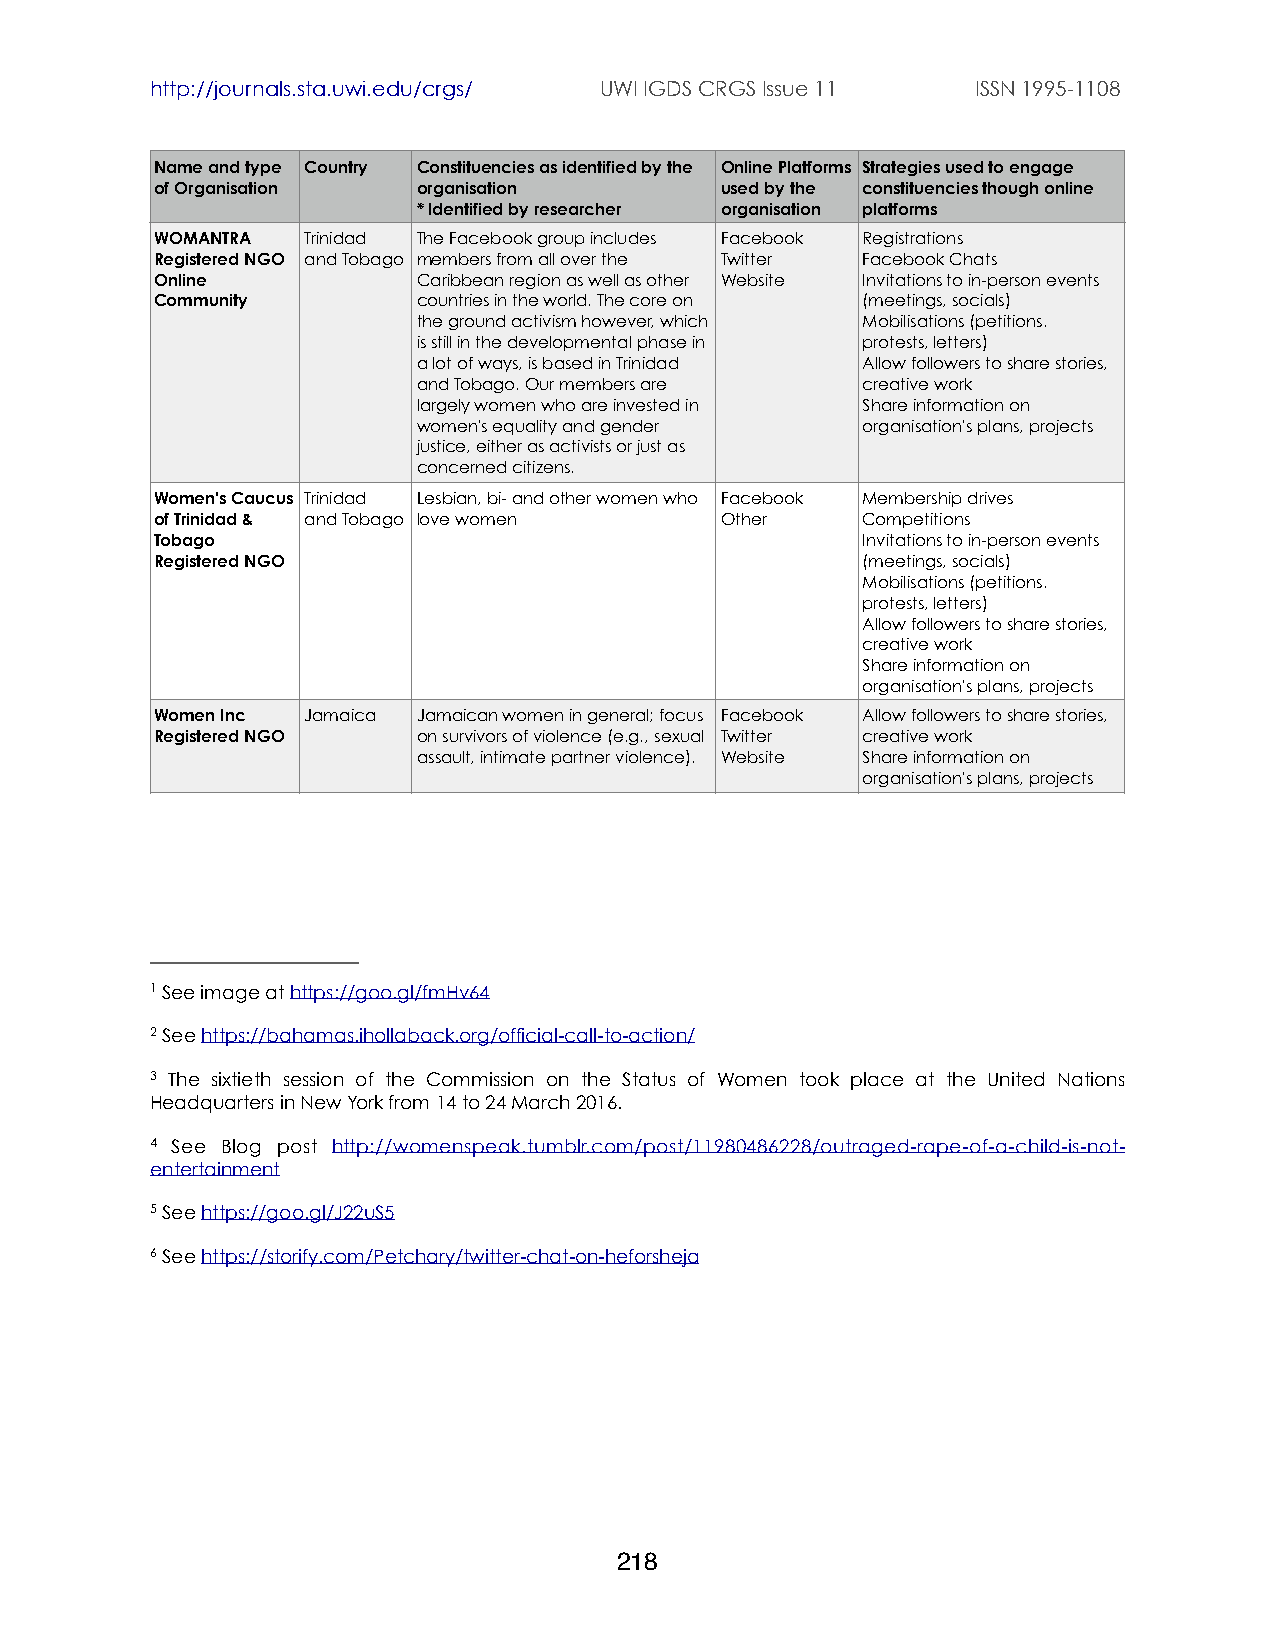
http://journals.sta.uwi.edu/crgs/ UWI IGDS CRGS Issue 11 ISSN 1995-1108
 Name and type Country Constituencies as identified by the Online Platforms Strategies used to engage
 of Organisation   organisation        used by the constituencies though online
 * Identified by researcher organisation platforms
 WOMANTRA  Trinidad The Facebook group includes Facebook Registrations
 Registered NGO and Tobago members from all over the Twitter Facebook Chats
 Online            Caribbean region as well as other Website Invitations to in-person events
 Community         countries in the world. The core on (meetings, socials)
 the ground activism however, which Mobilisations (petitions.
 is still in the developmental phase in protests, letters)
 a lot of ways, is based in Trinidad Allow followers to share stories,
 and Tobago. Our members are  creative work
 largely women who are invested in Share information on
 women's equality and gender  organisation's plans, projects
 justice, either as activists or just as
 concerned citizens.
 Women's Caucus Trinidad Lesbian, bi- and other women who Facebook Membership drives
 of Trinidad & and Tobago love women   Other    Competitions
 Tobago                                         Invitations to in-person events
 Registered NGO                                 (meetings, socials)
 Mobilisations (petitions.
 protests, letters)
 Allow followers to share stories,
 creative work
 Share information on
 organisation's plans, projects
 Women Inc Jamaica Jamaican women in general; focus Facebook Allow followers to share stories,
 Registered NGO    on survivors of violence (e.g., sexual Twitter creative work
 assault, intimate partner violence). Website Share information on
 organisation's plans, projects
 1 See image at https://goo.gl/fmHv64
 2 See https://bahamas.ihollaback.org/official-call-to-action/
 3 The sixtieth session of the Commission on the Status of Women took place at the United Nations
 Headquarters in New York from 14 to 24 March 2016.
 4 See Blog post http://womenspeak.tumblr.com/post/11980486228/outraged-rape-of-a-child-is-not-
 entertainment
 5 See https://goo.gl/J22uS5
 6 See https://storify.com/Petchary/twitter-chat-on-heforsheja
 218